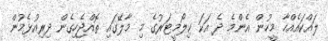
ލައްކައެއްހާ މީހުން އެންމެ ދެ އަކަ ކިލޯމީޓަރުގެ މި މާލޭގައި ތޮއްޖެހިގެން ދިރިއުޅެމުން